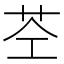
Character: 𮎥